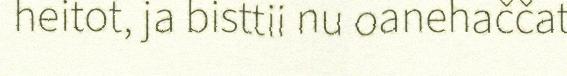
heitot, ja bisttii nu oanehaččat